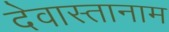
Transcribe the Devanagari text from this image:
देवास्तानाम